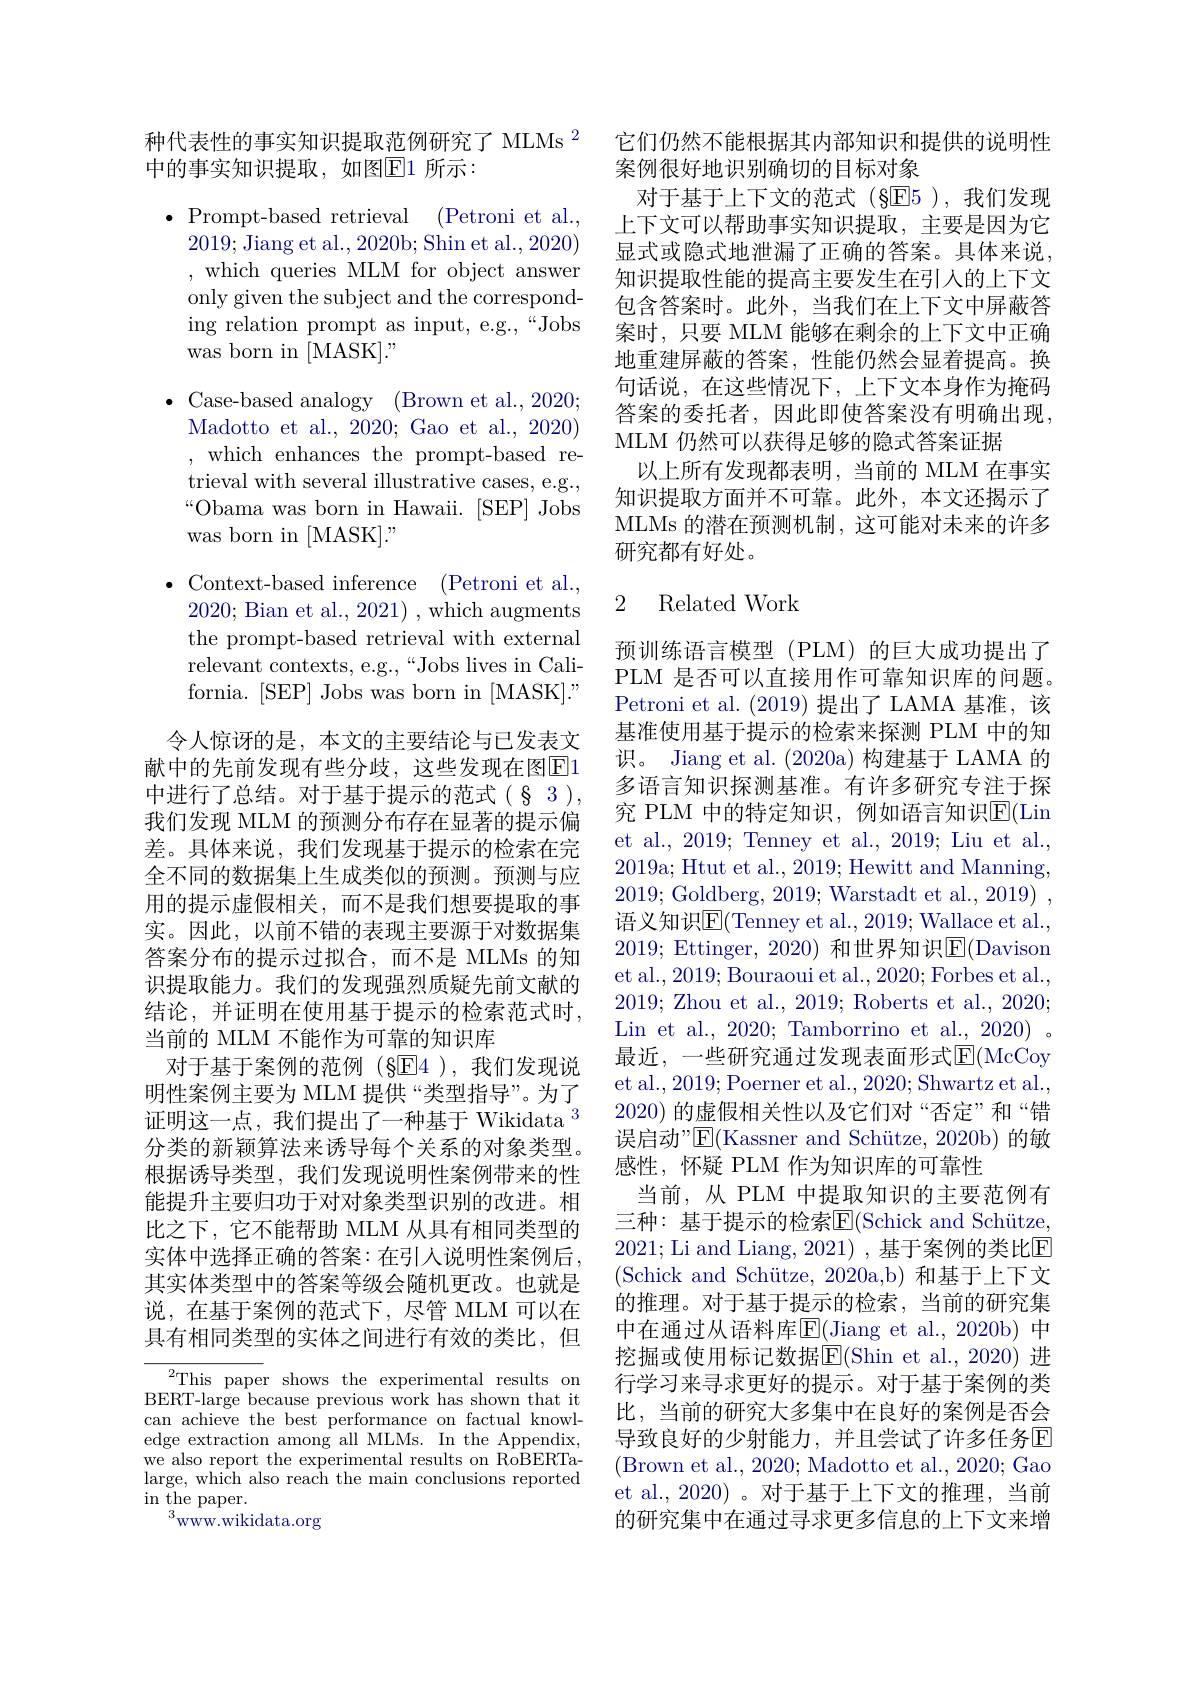
种代表性的事实知识提取范例研究了 MLMs $^{2}$
中的事实知识提取，如图$\overline{\mathbb{E}}$1 所示：

Prompt-based retrieval (Petroni et al., 2019;Jiang et al., 2020b; Shin et al., 2020) ,which queries MLM for object answer only given the subject and the corresponding relation prompt as input, e.g.,“Jobs was born in [MASK]."

$\bullet$ Case-based analogy (Brown et al., 2020;
Madotto et al., 2020; Gao et al., 2020) ,which enhances the prompt-based retrieval with several illustrative cases, e.g., $“$Obama was born in Hawaii. [SEP] Jobs was born in [MASK]."

$\bullet$Context-based inference ( $Petroni et al. $,

2020; Bian et al., 2021) , which augments

the prompt-based retrieval with external

relevant contexts, e.g.,“Jobs lives in Cali-

fornia. [SEP] Jobs was born in [MASK]." 令人惊讶的是，本文的主要结论与已发表文
献中的先前发现有些分歧，这些发现在图$\boxed{\mathrm{F}}1$ 中进行了总结。对于基于提示的范式(§3), 我们发现 MLM 的预测分布存在显著的提示偏差。具体来说，我们发现基于提示的检索在完全不同的数据集上生成类似的预测。预测与应用的提示虚假相关，而不是我们想要提取的事实。因此，以前不错的表现主要源于对数据集答案分布的提示过拟合，而不是 MLMs 的知识提取能力。我们的发现强烈质疑先前文献的结论，并证明在使用基于提示的检索范式时， 当前的 MLM 不能作为可靠的知识库
对于基于案例的范例(§E4 ),我们发现说明性案例主要为 MLM 提供“类型指导”。为了证明这一点，我们提出了一种基于 Wikidata $^{3}$ 分类的新颖算法来诱导每个关系的对象类型。根据诱导类型，我们发现说明性案例带来的性能提升主要归功于对对象类型识别的改进。相比之下，它不能帮助 MLM 从具有相同类型的实体中选择正确的答案：在引入说明性案例后， 其实体类型中的答案等级会随机更改。也就是说，在基于案例的范式下，尽管 MLM 可以在具有相同类型的实体之间进行有效的类比，但

${}^{2}$This paper shows the experimental results on BERT-large because previous work has shown that it can achieve the best performance on factual knowledge extraction among all MLMs. In the Appendix, we also report the experimental results on RoBERTalarge, which also reach the main conclusions reported $\operatorname{in}_{2}$the paper.
$^{3}$WWW.wikidata.org

它们仍然不能根据其内部知识和提供的说明性
案例很好地识别确切的目标对象
对于基于上下文的范式(§E5),我们发现上下文可以帮助事实知识提取，主要是因为它显式或隐式地泄漏了正确的答案。具体来说， 知识提取性能的提高主要发生在引人的上下文包含答案时。此外，当我们在上下文中屏蔽答案时，只要 MLM 能够在剩余的上下文中正确地重建屏蔽的答案，性能仍然会显着提高。换句话说，在这些情况下，上下文本身作为掩码答案的委托者，因此即使答案没有明确出现， MLM 仍然可以获得足够的隐式答案证据
以上所有发现都表明，当前的 MLM 在事实知识提取方面并不可靠。此外，本文还揭示了MLMs 的潜在预测机制，这可能对未来的许多研究都有好处。

## 2 Related Work

预训练语言模型(PLM)的巨大成功提出了PLM 是否可以直接用作可靠知识库的问题。Petroni et al. (2019)提出了 LAMA 基准，该基准使用基于提示的检索来探测 PLM 中的知识。Jiang et al. (2020a)构建基于 LAMA 的多语言知识探测基准。有许多研究专注于探究 PLM 中的特定知识，例如语言知识$\overline{\mathrm{E}}($Lin et al., 2019; Tenney et al., 2019; Liu et al., 2019a; Htut et al., 2019; Hewitt and Manning, 2019; Goldberg, 2019; Warstadt et al., 2019) , 语义知识$\overline{\mathrm{E}}($Tenney et al., 2019; Wallace et al., 2019; Ettinger, 2020) 和世界知识$\underline{\mathrm{E}}($Davison et al., 2019; Bouraoui et al., 2020; Forbes et al., 2019; Zhou et al., 2019; Roberts et al., 2020; Lin et al., 2020; Tamborrino et al., 2020)。最近，一些研究通过发现表面形式$\operatorname{E}($McCoy et al., 2019; Poerner et al., 2020; Shwartz et al. 2020)的虚假相关性以及它们对“否定”和“错误启动”$\operatorname{E}($Kassner and Schütze, 2020b) 的敏感性，怀疑 PLM 作为知识库的可靠性
当前，从 PLM 中提取知识的主要范例有三种：基于提示的检索$\overline{\mathrm{E}}($Schick and Schütze, 2021; Li and Liang, 2021) ,基于案例的类比E (Schick and Schütze, 2020a,b) 和基于上下文的推理。对于基于提示的检索，当前的研究集中在通过从语料库$\underline{\mathrm{E}}(\underline{\mathrm{Jiang~et~al.,~2020b)}}$ 中挖掘或使用标记数据$\overline{\mathrm{E}}($Shin et al.,2020) 进行学习来寻求更好的提示。对于基于案例的类比，当前的研究大多集中在良好的案例是否会导致良好的少射能力，并且尝试了许多任务$\overline{\mathrm{E}}$ (Brown et al., 2020; Madotto et al., 2020; Gao et al., 2020) 。对于基于上下文的推理，当前的研究集中在通过寻求更多信息的上下文来增